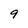
Character: 9